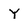
Character: Y